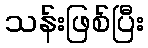
သန်းဖြစ်ပြီး